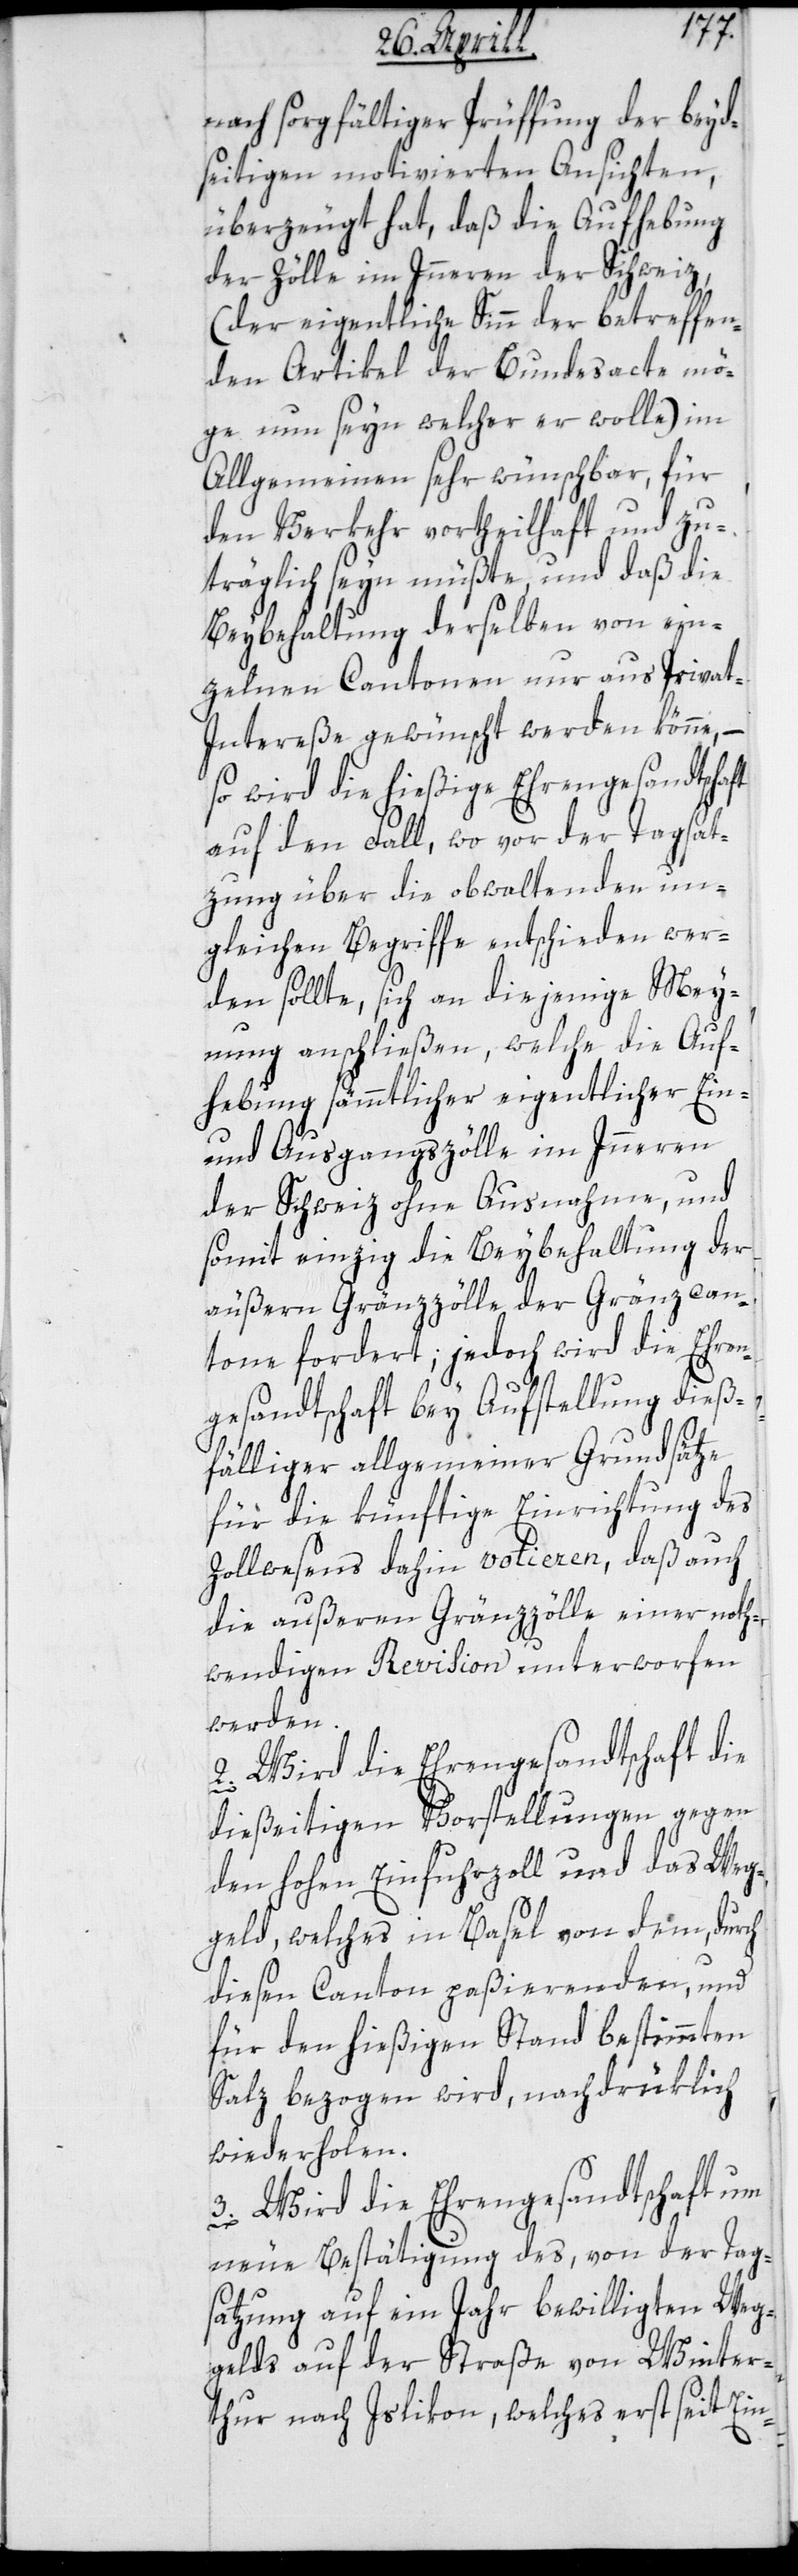
nach sorgfältiger Prüffung der beyd¬
seitigen motivierten Ansichten,
überzeugt hat, daß die Aufhebung
der Zölle im Innern der Schweiz
(der eigentliche Sinn der betreffen¬
den Artikel der Bundesacte mö¬
ge nun seyn welcher er wolle) im
Allgemeinen sehr wünschbar, für
den Verkehr vortheilhaft und zu¬
träglich sein müßte, und daß die
Beybehaltung derselben von ein¬
zelnen Cantonen nur aus Privat-I¬
ntereße gewünscht werden könne, –
so wird die hießige Ehrengesandtschaft
auf den Fall, wo vor der Tagsat¬
zung über die obwaltenden un¬
gleichen Begriffe entschieden wer¬
den sollte, sich an diejenige Mey¬
nung anschließen, welche die Auf¬
hebung sämmtlicher eigentlicher Ein-
und Ausgangszölle im Innern
der Schweiz ohne Ausnahme, und
somit einzig die Beybehaltung der
äußern Grenzzölle der Gränzcan¬
tone fordert; jedoch wird die Ehren¬
gesandtschaft bey Aufstellung dieß¬
fälliger allgemeiner Grundsätze
für die künftige Einrichtung des
Zollwesens dahin votieren, daß auch
die außeren Grenzzölle einer noth¬
wendigen Revision unterworfen
werden.
2.) Wird die Ehrengesandtschaft die
dießeitigen Vorstellungen gegen
den hohen Einfuhrzoll und das Weg¬
geld, welches in Basel von dem durch
diesen Canton paßierenden, und
für den hießigen Stand bestimmten
Salz bezogen wird, nachdrüklich
wiederholen.
Wird die Ehrengesandtschaft um
neue Bestätigung des, von der Tag¬
satzung auf ein Jahr bewilligten Weg¬
gelds auf der Straße von Winter¬
thur nach Islikon, welches erst seit Ein-